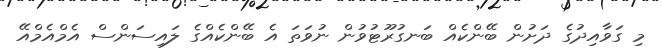
މި ގަވާއިދުގެ ދަށުން ބޭންކެއް ބަނގުރޫޓުވުން ނުވަތަ އެ ބޭންކެއްގެ ލައިސަންސް އެމްއެމްއޭ